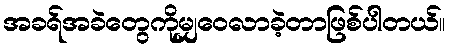
အခရ်အခဲတွေကိုမျှဝေလာခဲ့တာဖြစ်ပါတယ်။